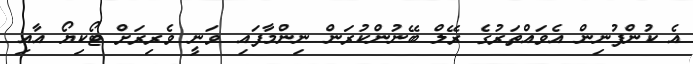
އެ ކުންފުނިން އެވައްތަރުގެ ރޭލް ބޭނުންކުރަން ނިންމާފައި ވަނީ ވެރިރަށް ޓޯކިޔޯ އާއި